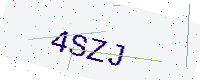
Text: 4SZJ